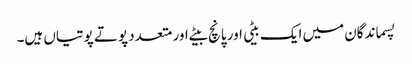
پسماندگان میں ایک بیٹی اور پانچ بیٹے اور متعدد پوتے پوتیاں ہیں۔